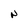
Character: N